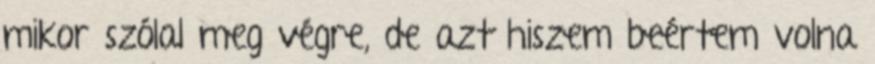
mikor szólal meg végre, de azt hiszem beértem volna